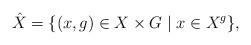
LaTeX: \begin{align*} \hat X = \{ (x,g) \in X \times G \mid x \in X^g \},\end{align*}